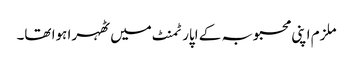
ملزم اپنی محبوبہ کے اپارٹمنٹ میں ٹھہرا ہوا تھا۔